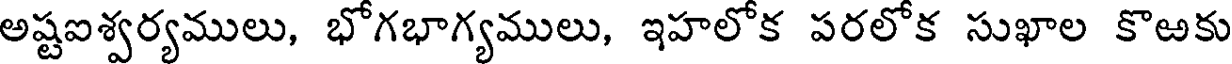
అష్టఐశ్వర్యములు, భోగభాగ్యములు, ఇహలోక పరలోక సుఖాల కొఱకు